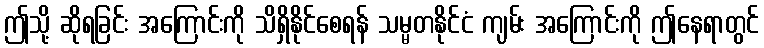
ဤသို့ ဆိုရခြင်း အကြောင်းကို သိရှိနိုင်စေရန် သမ္မတနိုင်ငံ ကျမ်း အကြောင်းကို ဤနေရာတွင်